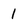
Character: 1